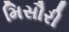
મિસૌરી